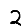
Digit: 2